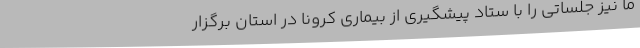
ما نیز جلساتی را با ستاد پیشگیری از بیماری کرونا در استان برگزار